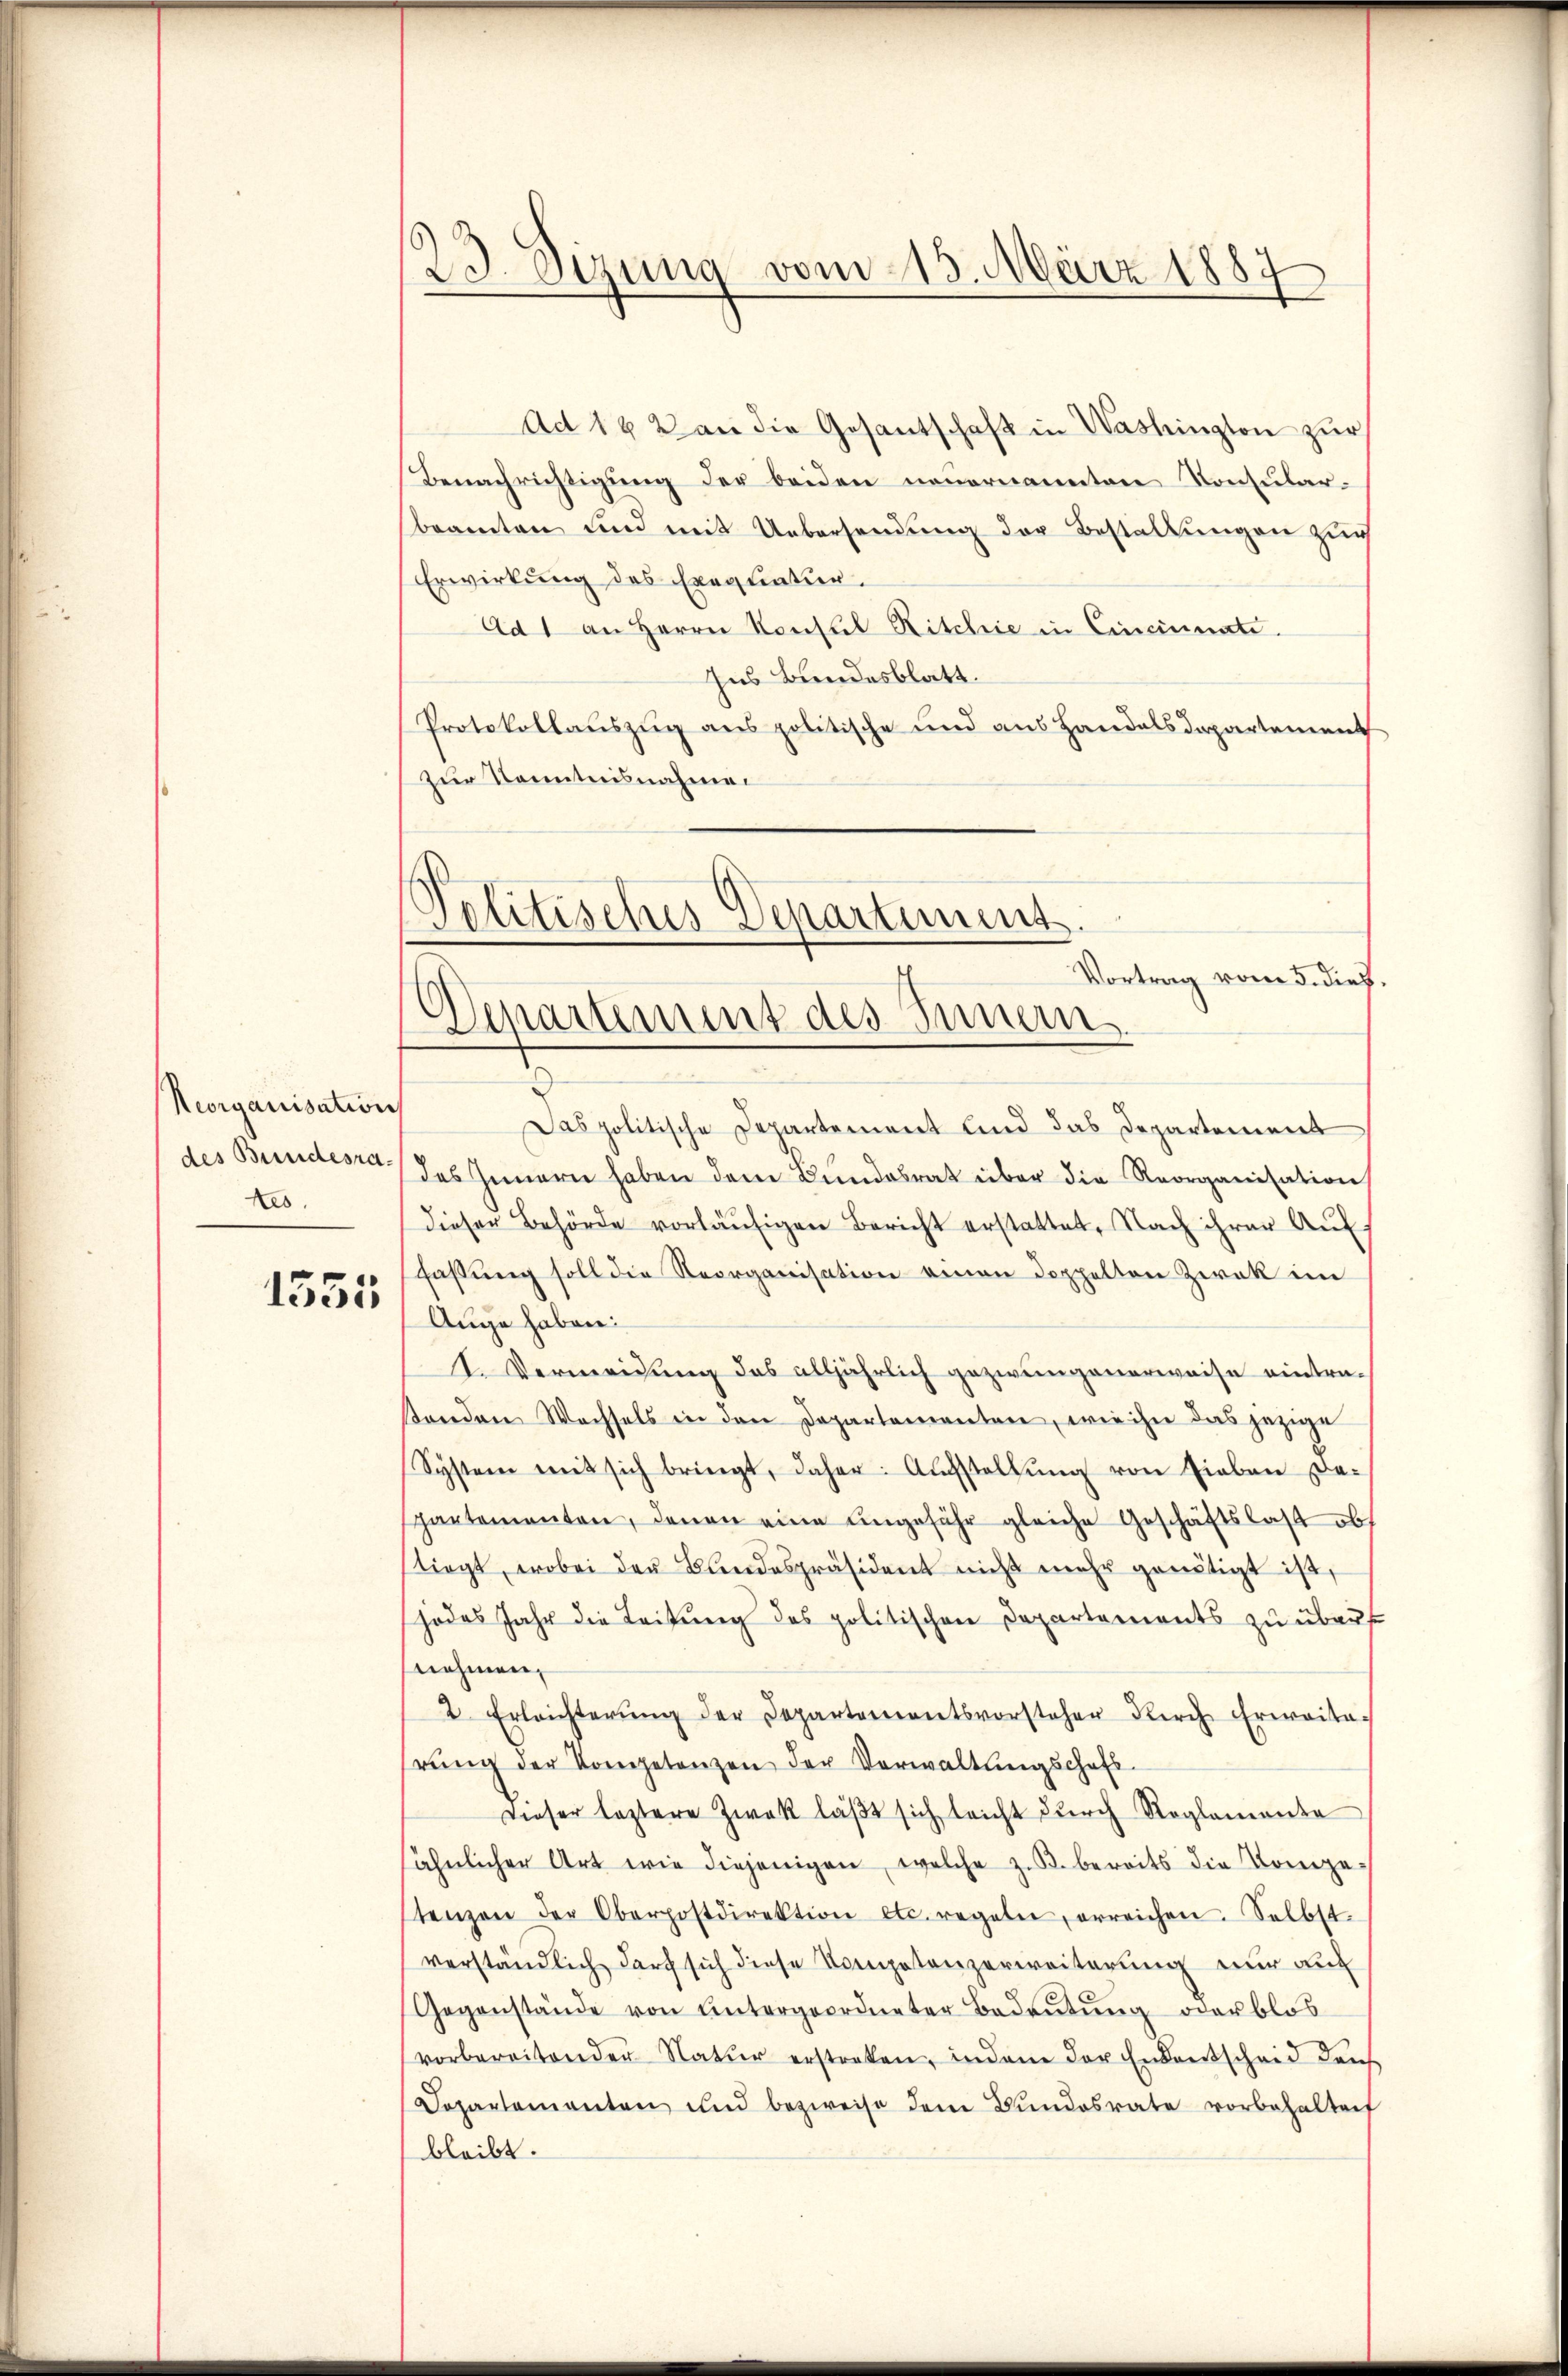
Neorganisation
des Bundesrates.

1355

23. Sizung vom 13. März 1887

Politisches Departimes
Vortrag vom 5. dieß.
)
Separtement des Innern

Ad 162 an die Gesantschaft in Washington zur
Benachrichtigung der beiden neuernannten Konsularbeamten und mit Uebersendung der Bestallungen zur
Erwirkung des Exequatur.
Ad 1 an Herrn Konsul Ritchie in Cincinnate.
Ins Bundesblatt.
Protokollauszug aus politische und aus Handelsdepartement
zur Kenntnisnahmen
Das politische Departement und das Departement
des Innern haben dem Bundesrat über die Reorganisation
dieser Behörde vorläŭfigen Bericht erstattet, Nach ihrer Aŭf-
faßung soll die Reorganisation einen Doppelten Zwek im
Auge haben:
I. Vermeidung das alljährlich gezwungenerweise eintrasenden Wachsels in den Departementen, wie ihn das jezige
System mit sich bringt, daher: Aŭfstellŭng von Lieben da-
partementen, denen eine ungeführ gleiche Geschäftslast obs
stiegt, wobei der Bundespräsident nicht mehr genötigt ist,
jodes Jahr die Leitŭng des politischen Departaments zŭ übers
nehmen,
2. Erleichterŭng der Departementsvorsteher Kirch Erwaister
rŭng der Kompetenzen der Verwaltŭngschaft
Dieser leztere Zwek läβt sich leicht dŭrch Reglemente
sähnlicher Art wie diejenigen, welche z. B. bereits die Kompe-
tenzen der Oberpostdirektion etc. regeln, erreichen. Selbst
verständlich darf sich diese Kompetenzerweiterung nur auf
Gegenstände von Untergeordneter Bedeutung oder blos
vorbereitenden Natur erstreken, indem der Endentscheid dans
Dopartementen und bezweise dem Bŭndesrate vorbehalten
bleibt.